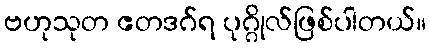
ဗဟုသုတ ဧတဒဂ်ရ ပုဂ္ဂိုလ်ဖြစ်ပါတယ်။